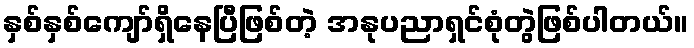
နှစ်နှစ်ကျော်ရှိနေပြီဖြစ်တဲ့ အနုပညာရှင်စုံတွဲဖြစ်ပါတယ်။